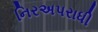
નિરઅપરાધી